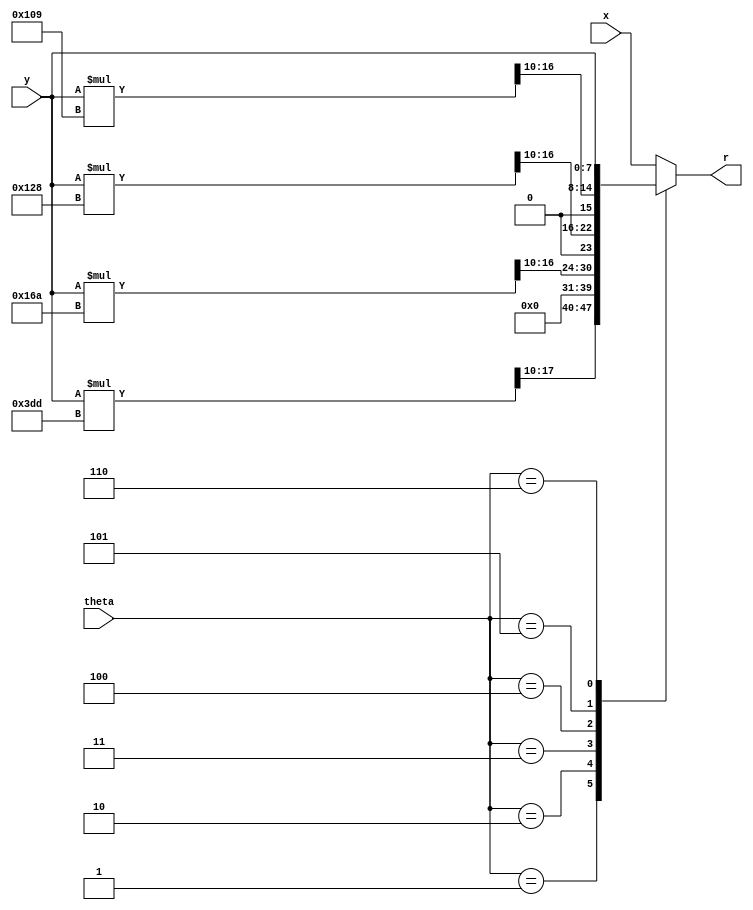
`timescale 1ns / 1ps
//////////////////////////////////////////////////////////////////////////////////
// Company:        MIT 6.111 Final Project
// 
// Module Name:    Calculate R from Y and Theta
// Project Name:   FPGA Radar Guidance
//
// Note1: R = y / sin(theta)
//
// Note2: We are assuming 1 distance move unit equals 4 inches as we can possibly
//        have an output that is 4 times bigger than we have space for so we divide by 4
//        therefore we shift by 10 instead of 8
//
//////////////////////////////////////////////////////////////////////////////////
module calc_r_y_theta(
   input [7:0] y,
   input [7:0] x, // need x incase angle is 0 and then all in x
   input [3:0] theta,
   output reg [7:0] r);
   
   // if 0 then all x
   // 1/sin 15 is about 989/256 ~ 4
   // 1/sin 30 is exactly 2
   // 1/sin 45 is about 362/256 ~ 2
   // 1/sin 60 is about 296/256 ~ 1
   // 1/sin 75 is about 265/256 ~ 1
   // if 90 then all y
   wire [31:0] r_15deg; // large bit size to multiply and shift 
   wire [31:0] r_30deg; // large bit size to multiply and shift 
   wire [31:0] r_45deg; // large bit size to multiply and shift 
   wire [31:0] r_60deg; // large bit size to multiply and shift 
   wire [31:0] r_75deg; // large bit size to multiply and shift 
   assign r_15deg = (y*989) >> 10;
   assign r_30deg = y >> 9;
   assign r_45deg = (y*362) >> 10;
   assign r_60deg = (y*296) >> 10;
   assign r_75deg = (y*265) >> 10;
   
   always @(*) begin
      case(theta)
         1: r = r_15deg[7:0];
         2: r = r_30deg[7:0];
         3: r = r_45deg[7:0];
         4: r = r_60deg[7:0];
         5: r = r_75deg[7:0];
         6: r = y; // 90
         default: r = x; // 0
      endcase
   end
   
endmodule